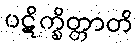
ပဋိက္ခိတ္တာတိ